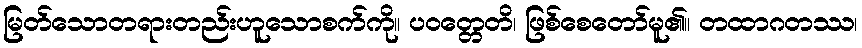
မြတ်သောတရားတည်းဟူသောစက်ကို။ ပဝတ္တေတိ၊ ဖြစ်စေတော်မူ၏။ တထာဂတဿ၊